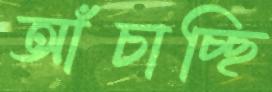
আঁচাচ্ছি